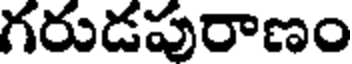
గరుడపురాణం